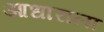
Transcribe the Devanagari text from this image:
आधाराला